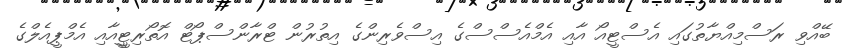
ބޭއްވި ރަސްމިއްޔާތުގައި އެސްޓީއޯ އާއި އެމްއެސްސްގެ އިސްވެރިންގެ އިތުރުން ޓްރާންސްޕޯޓް އޮތޯރިޓީީއާއި އެމްޕީއެލްގެ